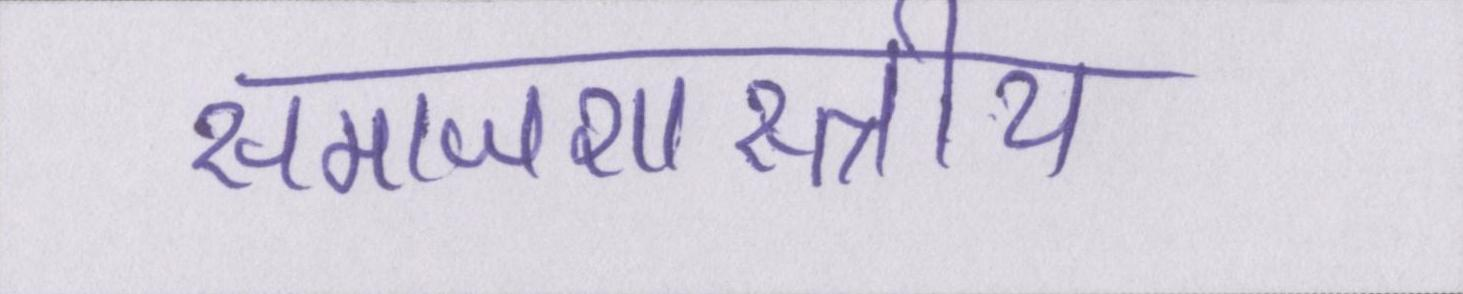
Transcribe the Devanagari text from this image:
समाजशास्त्राीय